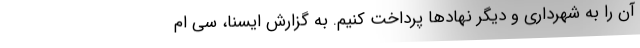
آن را به شهرداری و دیگر نهادها پرداخت کنیم. به گزارش ایسنا، سی ام